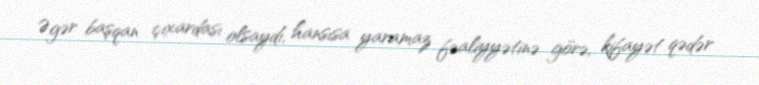
Əgər başqan çıxardası olsaydı, hansısa yaramaz fəaliyyətinə görə, kifayət qədər